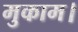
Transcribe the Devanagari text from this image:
मुकाम।